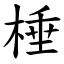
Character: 棰